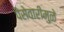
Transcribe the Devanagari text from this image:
पैसेवारीमुळे